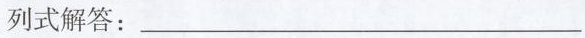
列式解答：___